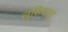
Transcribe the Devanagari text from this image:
लुसियाला